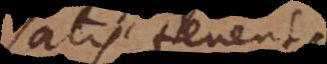
satis tenent.